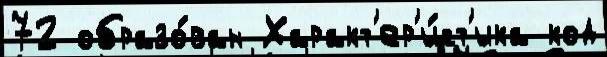
72 образо́ван Характ'ер'и́ст'ика код